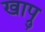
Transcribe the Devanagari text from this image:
खाप्रु